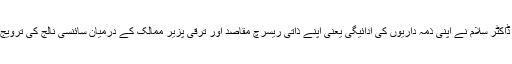
ڈاکٹر ڈف کا کہنا تھا کہ ڈاکٹر سلام نے اپنی ذمہ داریوں کی ادائیگی یعنی اپنے ذاتی ریسرچ مقاصد اور ترقی پزیر ممالک کے درمیان سائنسی نالج کی ترویج میں توازن برقرار رکھا۔